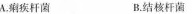
A.疾杆菌 B.结核杆菌